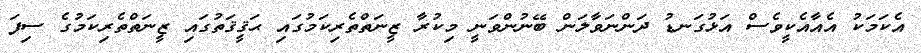
އެކަމަކު އެއާއެކީވެސް އަޅުގަނޑު ދަންނަވާލަން ބޭނުންވަނީ މިކުރާ ޒީނަތްތެރިކަމުގައި ޙަޤީޤަތުގައި ޒީނަތްތެރިކަމުގެ ސިފަ